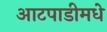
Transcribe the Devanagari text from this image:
आटपाडीमधे